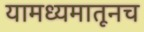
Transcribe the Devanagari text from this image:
यामध्यमातूनच